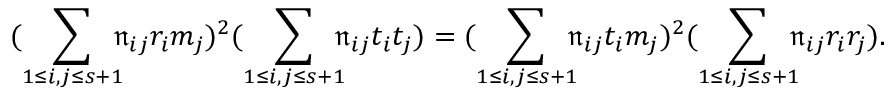
\displaystyle ( \sum _ { 1 \le i , j \le s { + } 1 } \! \! \! \mathfrak { n } _ { i j } r _ { i } m _ { j } ) ^ { 2 } ( \sum _ { 1 \le i , j \le s { + } 1 } \! \! \! \mathfrak { n } _ { i j } t _ { i } t _ { j } ) { \; = \; } ( \sum _ { 1 \le i , j \le s { + } 1 } \! \! \! \mathfrak { n } _ { i j } t _ { i } m _ { j } ) ^ { 2 } ( \sum _ { 1 \le i , j \le s { + } 1 } \! \! \! \mathfrak { n } _ { i j } r _ { i } r _ { j } ) .